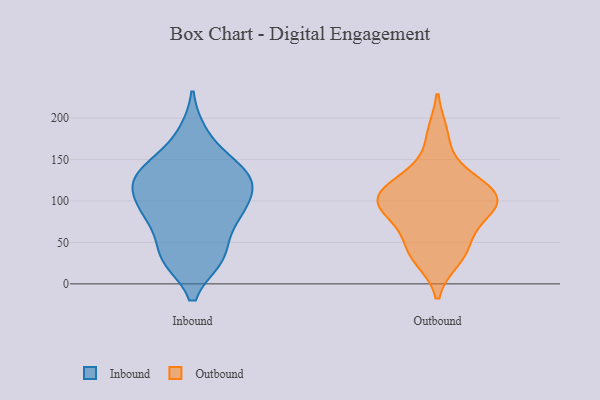
{"axis": {"x": "Gross Profit (USD K)", "y": "Value"}, "legend": ["Inbound", "Outbound"], "data": [{"x": "", "y": 114, "type": "Inbound"}, {"x": "", "y": 115, "type": "Inbound"}, {"x": "", "y": 181, "type": "Inbound"}, {"x": "", "y": 78, "type": "Inbound"}, {"x": "", "y": 132, "type": "Inbound"}, {"x": "", "y": 77, "type": "Inbound"}, {"x": "", "y": 139, "type": "Inbound"}, {"x": "", "y": 33, "type": "Inbound"}, {"x": "", "y": 146, "type": "Inbound"}, {"x": "", "y": 31, "type": "Inbound"}, {"x": "", "y": 82, "type": "Inbound"}, {"x": "", "y": 100, "type": "Inbound"}, {"x": "", "y": 126, "type": "Inbound"}, {"x": "", "y": 31, "type": "Inbound"}, {"x": "", "y": 95, "type": "Outbound"}, {"x": "", "y": 40, "type": "Outbound"}, {"x": "", "y": 102, "type": "Outbound"}, {"x": "", "y": 134, "type": "Outbound"}, {"x": "", "y": 79, "type": "Outbound"}, {"x": "", "y": 48, "type": "Outbound"}, {"x": "", "y": 116, "type": "Outbound"}, {"x": "", "y": 98, "type": "Outbound"}, {"x": "", "y": 113, "type": "Outbound"}, {"x": "", "y": 94, "type": "Outbound"}, {"x": "", "y": 31, "type": "Outbound"}, {"x": "", "y": 180, "type": "Outbound"}]}